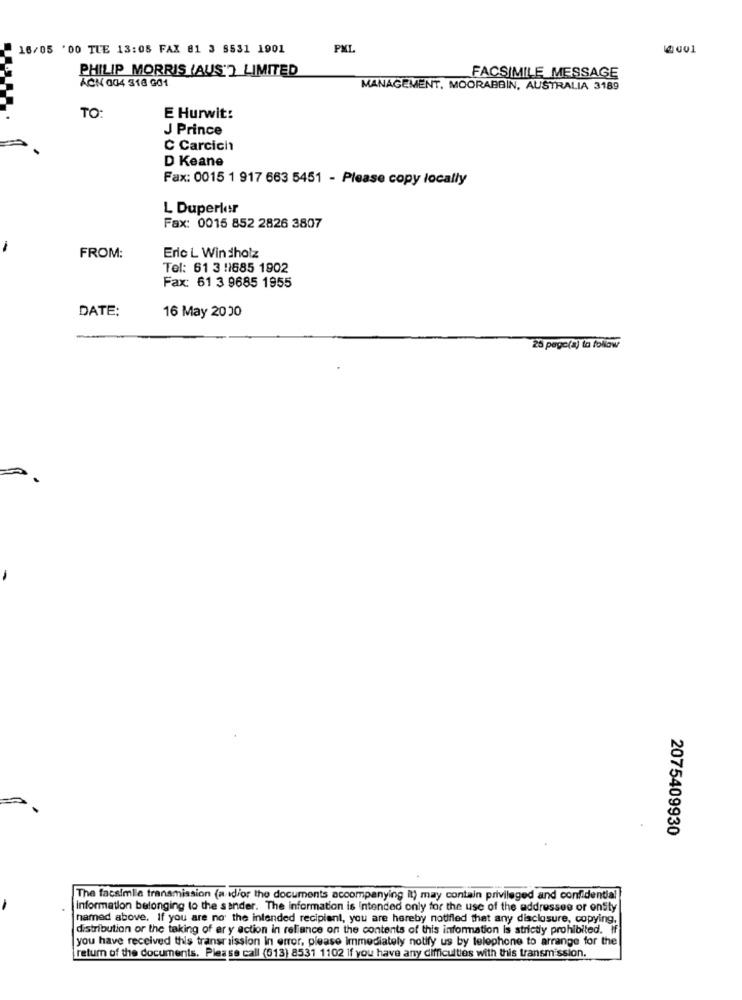
16/05 '00 TLE 13:08 FAX 81 3 8531 1901
PMI
PHILIP MORRIS (AUS'? LIMITED
FACSIMILE MESSAGE
ACK 004 318 601
MANAGEMENT, MOORABBIN, AUSTRALIA 3189
TO:
E Hurwit:
J Prince
C Carcich
D Keane
Fax: 0015 1 917 663 5451 - Please copy locally
L Duperler
Fax: 0015 852 2826 3807
FROM:
Eric L Windholz
Tel: 61 3 11685 1902
Fax: 61 3 9685 1955
DATE:
16 May 2000
26 pago(a) to follow
2075409930
The facsimile transmission (a idfor the documents accompanying it) may contain privileged and confidential
Information belonging to the sander. The information is Intended only for the use of the addressee or entity
named above. If you are not the intended recipient, you are hereby notified that any disclosure, copying.
distribution or the taking of er y action in reliance on the contents of this information is strictly prohibited. If
you have received this transmission in error, please immediately notify us by telephone to arrange for the
return of the documents. Please call (013) 8531 1102 if you have any difficulties with this transmission.